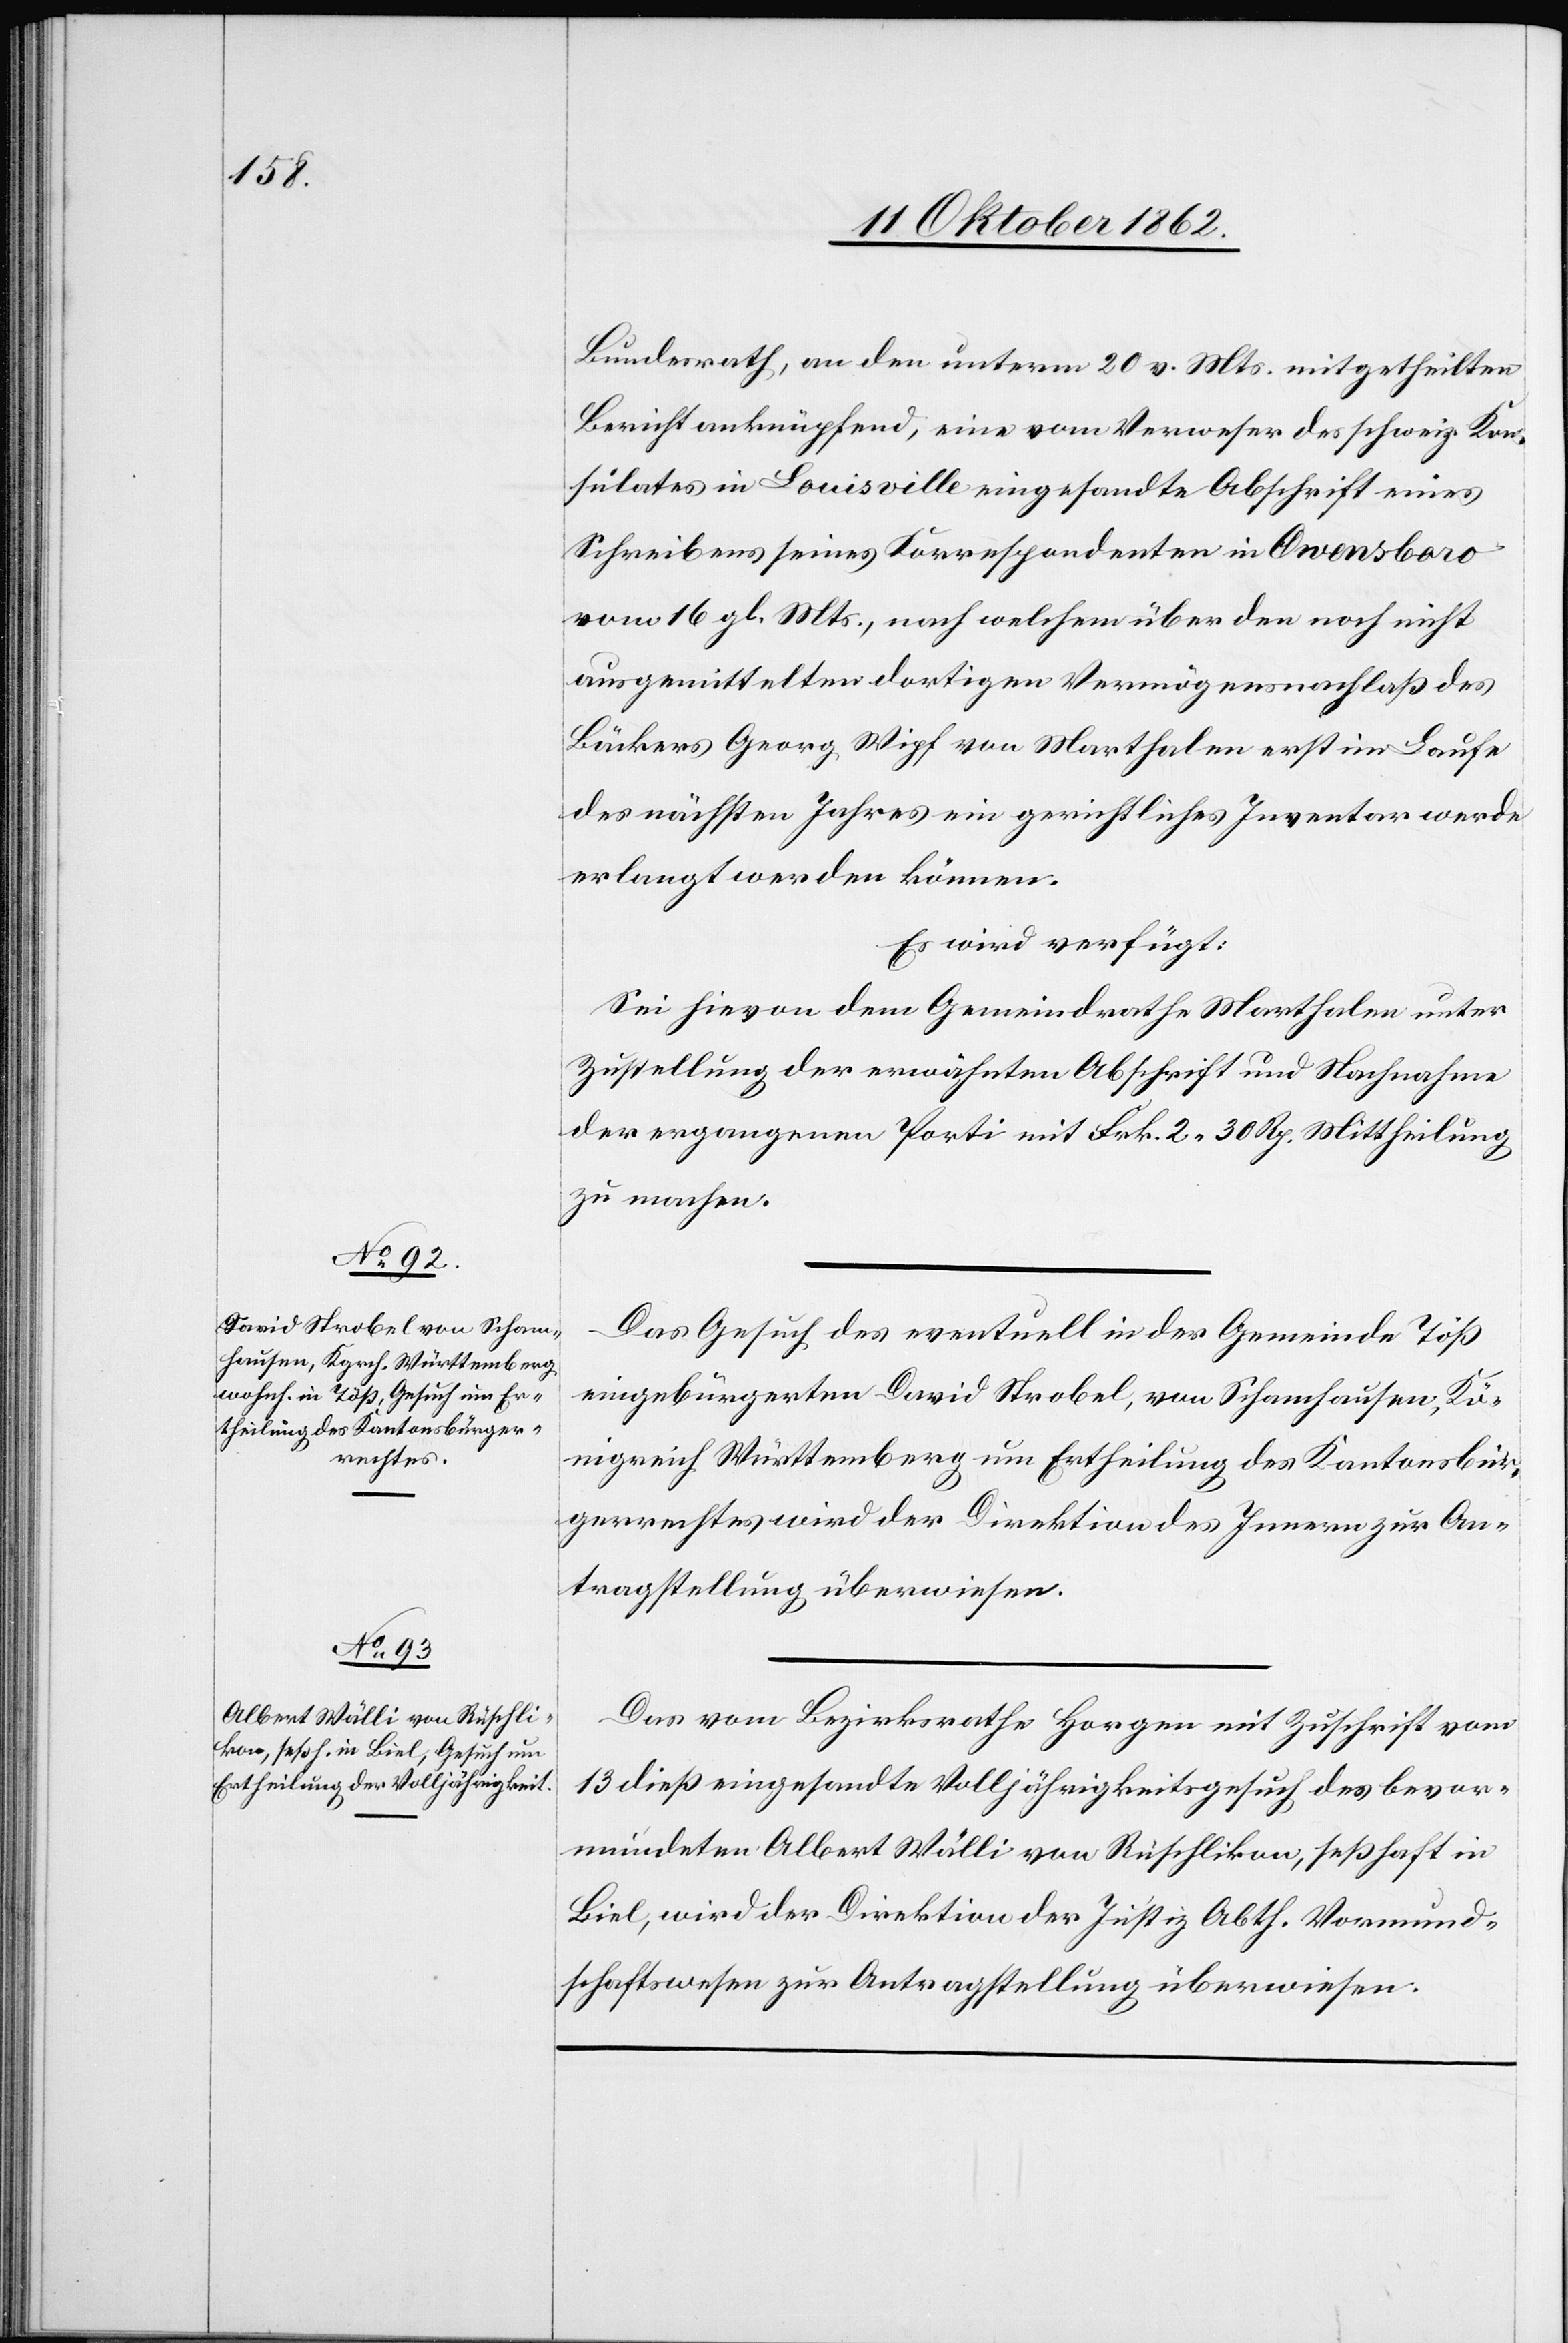
14. Oktober 1862.]
Bundesrath, an den unterm 20. v. Mts. mitgetheilten
Bericht anknüpfend, eine vom Verweser des schweiz. Kon¬
sulates in Louisville eingesandte Abschrift eines
Schreibens seines Korrespondenten in Orvensboro
vom 16. gl. Mts., nach welchem über den noch nicht
ausgemittelten dortigen Vermögensnachlaß des
Bäckers Georg Wipf von Marthalen erst im Laufe
des nächsten Jahres ein gerichtliches Inventar werde
erlangt werde können.
Es wird verfügt:
Sei hievon dem Gemeindrathe Marthalen unter
Zustellung der erwähnten Abschrift und Nachnahme
der ergangenen Porti mit Frk. 2 30 Rp. Mittheilung
zu machen.
Das Gesuch des eventuell in der Gemeinde Töß
eingebürgerten David Strobel, von Schamhausen, Kö¬
nigreich Württemberg um Ertheilung des Kantonsbür¬
gerrechtes wird der Direktion des Innern zur An¬
tragstellung überwiesen.
Das vom Bezirksrathe Horgen mit Zuschrift vom
13. dieß eingesandte Volljährigkeitsgesuch des bevor¬
mundeten Albert Wälli von Rüschlikon, seßhaft in
Biel, wird der Direktion der Justiz Abth. Vormund¬
schaftswesen zur Antragstellung überwiesen.